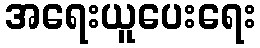
အရေးယူပေးရေး